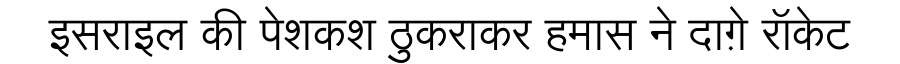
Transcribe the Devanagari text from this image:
इसराइल की पेशकश ठुकराकर हमास ने दाग़े रॉकेट